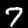
Digit: 7